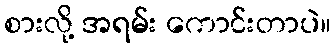
စားလို့ အရမ်း ကောင်းတာပဲ။